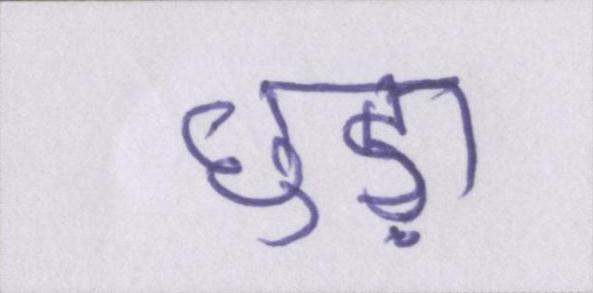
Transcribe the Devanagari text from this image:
छुड़ा